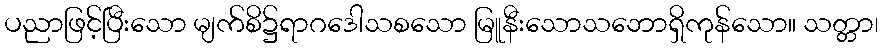
ပညာဖြင့်ပြီးသော မျက်စိ၌ရာဂဒေါသစသော မြူနီးသောသဘောရှိကုန်သော။ သတ္တာ၊